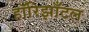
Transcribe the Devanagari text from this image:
हॉरिझाँटल